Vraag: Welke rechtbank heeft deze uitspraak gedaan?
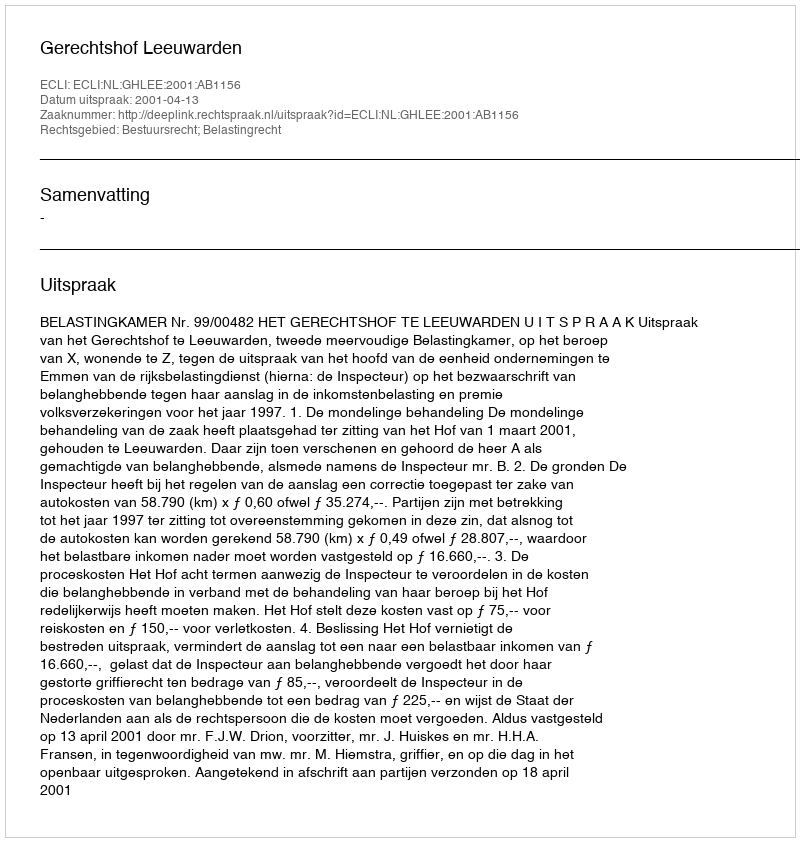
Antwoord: Gerechtshof Leeuwarden